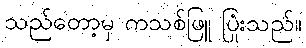
သည်တော့မှ ကသစ်ဖြူ ပြုံးသည်။